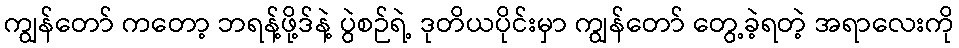
ကျွန်တော် ကတော့ ဘရန့်ဖို့ဒ်နဲ့ ပွဲစဉ်ရဲ့ ဒုတိယပိုင်းမှာ ကျွန်တော် တွေ့ခဲ့ရတဲ့ အရာလေးကို